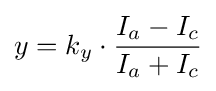
y=k_{y}\cdot {\frac {I_{a}-I_{c}}{I_{a}+I_{c}}}